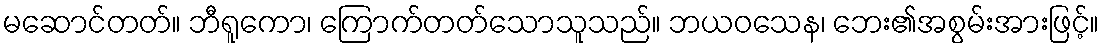
မဆောင်တတ်။ ဘီရူကော၊ ကြောက်တတ်သောသူသည်။ ဘယဝသေန၊ ဘေး၏အစွမ်းအားဖြင့်။